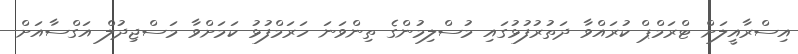
އިސްރާއީލަށް ޓްރަމްޕް ކުރައްވާ ދަތުރުފުޅުގައި މުސްލިމުންގެ ތިންވަނަ ހަރަމްފުޅު ކަމަށްވާ މަސްޖިދުލް އަގްސާއަށް